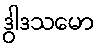
ဒွါဒသမော